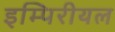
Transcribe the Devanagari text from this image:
इम्पिरीयल